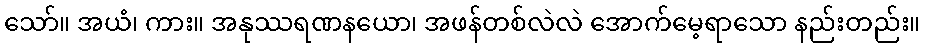
သော်။ အယံ၊ ကား။ အနုဿရဏနယော၊ အဖန်တစ်လဲလဲ အောက်မေ့ရာသော နည်းတည်း။